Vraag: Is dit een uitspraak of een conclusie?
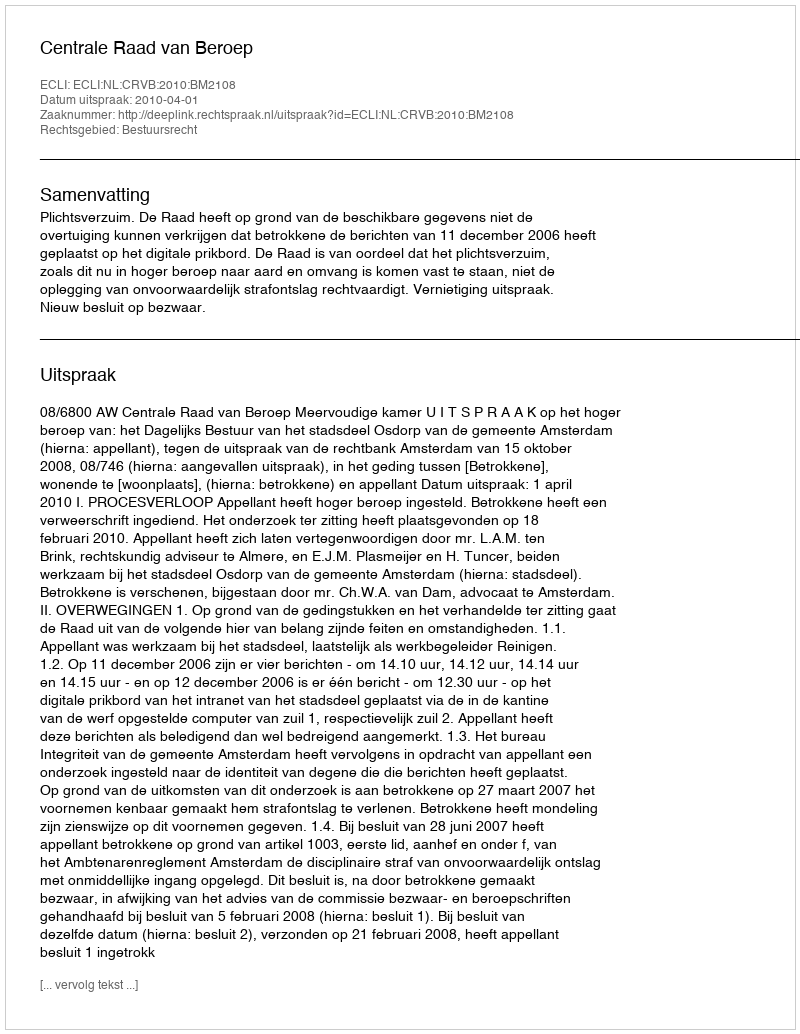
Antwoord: Uitspraak